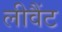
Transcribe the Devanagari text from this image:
लीवैंट